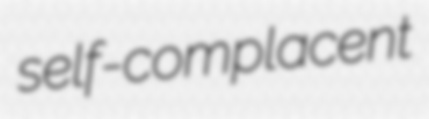
self-complacent